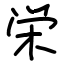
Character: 栄